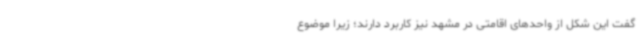
گفت این شکل از واحدهای اقامتی در مشهد نیز کاربرد دارند؛ زیرا موضوع